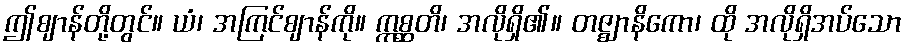
ဤဈာန်တို့တွင်။ ယံ၊ အကြင်ဈာန်ကို။ ဣစ္ဆတိ၊ အလိုရှိ၏။ တဇ္ဈာနိကော၊ ထို အလိုရှိအပ်သော